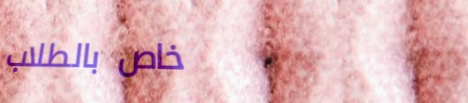
خاص بالطلاب